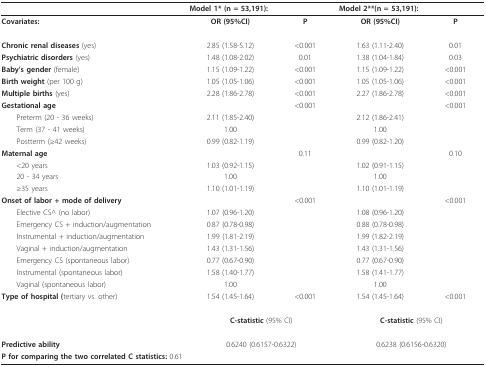
<table><thead><tr><td></td><td colspan="2"><b>Model 1* (n = 53,191):</b></td><td colspan="2"><b>Model 2**(n = 53,191):</b></td></tr></thead><tbody><tr><td> <b>Covariates:</b></td><td><b>OR (95%CI)</b></td><td><b>P</b></td><td><b>OR (95%CI)</b></td><td><b>P</b></td></tr><tr><td><b>Chronic renal diseases </b>(yes)</td><td>2.85 (1.58-5.12)</td><td>&lt;0.001</td><td>1.63 (1.11-2.40)</td><td>0.01</td></tr><tr><td><b>Psychiatric disorders </b>(yes)</td><td>1.48 (1.08-2.02)</td><td>0.01</td><td>1.38 (1.04-1.84)</td><td>0.03</td></tr><tr><td><b>Baby&#x27;s gender </b>(female)</td><td>1.15 (1.09-1.22)</td><td>&lt;0.001</td><td>1.15 (1.09-1.22)</td><td>&lt;0.001</td></tr><tr><td><b>Birth weight </b>(per 100 g)</td><td>1.05 (1.05-1.06)</td><td>&lt;0.001</td><td>1.05 (1.05-1.06)</td><td>&lt;0.001</td></tr><tr><td><b>Multiple births </b>(yes)</td><td>2.28 (1.86-2.78)</td><td>&lt;0.001</td><td>2.27 (1.86-2.78)</td><td>&lt;0.001</td></tr><tr><td><b>Gestational age</b></td><td></td><td>&lt;0.001</td><td></td><td>&lt;0.001</td></tr><tr><td> Preterm (20 - 36 weeks)</td><td>2.11 (1.85-2.40)</td><td></td><td>2.12 (1.86-2.41)</td><td></td></tr><tr><td> Term (37 - 41 weeks)</td><td>1.00</td><td></td><td>1.00</td><td></td></tr><tr><td> Postterm (≥42 weeks)</td><td>0.99 (0.82-1.19)</td><td></td><td>0.99 (0.82-1.20)</td><td></td></tr><tr><td><b>Maternal age</b></td><td></td><td>0.11</td><td></td><td>0.10</td></tr><tr><td> &lt;20 years</td><td>1.03 (0.92-1.15)</td><td></td><td>1.02 (0.91-1.15)</td><td></td></tr><tr><td> 20 - 34 years</td><td>1.00</td><td></td><td>1.00</td><td></td></tr><tr><td> ≥35 years</td><td>1.10 (1.01-1.19)</td><td></td><td>1.10 (1.01-1.19)</td><td></td></tr><tr><td><b>Onset of labor + mode of delivery</b></td><td></td><td>&lt;0.001</td><td></td><td>&lt;0.001</td></tr><tr><td> Elective CS^ (no labor)</td><td>1.07 (0.96-1.20)</td><td></td><td>1.08 (0.96-1.20)</td><td></td></tr><tr><td> Emergency CS + induction/augmentation</td><td>0.87 (0.78-0.98)</td><td></td><td>0.88 (0.78-0.98)</td><td></td></tr><tr><td> Instrumental + induction/augmentation</td><td>1.99 (1.81-2.19)</td><td></td><td>1.99 (1.82-2.19)</td><td></td></tr><tr><td> Vaginal + induction/augmentation</td><td>1.43 (1.31-1.56)</td><td></td><td>1.43 (1.31-1.56)</td><td></td></tr><tr><td> Emergency CS (spontaneous labor)</td><td>0.77 (0.67-0.90)</td><td></td><td>0.77 (0.67-0.90)</td><td></td></tr><tr><td> Instrumental (spontaneous labor)</td><td>1.58 (1.40-1.77)</td><td></td><td>1.58 (1.41-1.77)</td><td></td></tr><tr><td> Vaginal (spontaneous labor)</td><td>1.00</td><td></td><td>1.00</td><td></td></tr><tr><td><b>Type of hospital (</b>tertiary vs. other)</td><td>1.54 (1.45-1.64)</td><td>&lt;0.001</td><td>1.54 (1.45-1.64)</td><td>&lt;0.001</td></tr><tr><td></td><td colspan="2"><b>C-statistic </b>(95% CI)</td><td colspan="2"><b>C-statistic </b>(95% CI)</td></tr><tr><td><b>Predictive ability</b></td><td colspan="2">0.6240 (0.6157-0.6322)</td><td colspan="2">0.6238 (0.6156-0.6320)</td></tr><tr><td colspan="5"><b>P for comparing the two correlated C statistics: </b>0.61</td></tr></tbody></table>